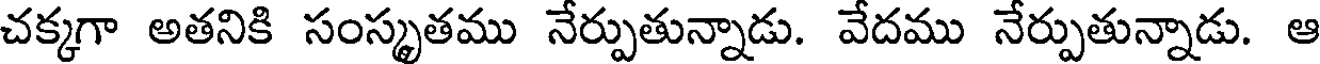
చక్కగా అతనికి సంస్కృతము నేర్పుతున్నాడు. వేదము నేర్పుతున్నాడు. ఆ